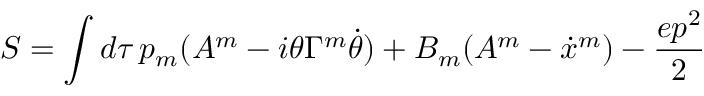
S = \int d \tau \, p _ { m } ( A ^ { m } - i \theta \Gamma ^ { m } \dot { \theta } ) + B _ { m } ( A ^ { m } - \dot { x } ^ { m } ) - \frac { e p ^ { 2 } } { 2 }